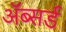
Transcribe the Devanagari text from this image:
ॲब्सर्ड